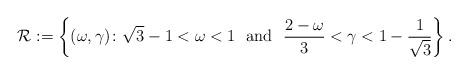
LaTeX: \begin{align*}\mathcal{R}:= \left\{(\omega,\gamma) \colon \sqrt{3}-1< \omega <1 \ \hbox{ and }\ \frac{2-\omega}{3}< \gamma < 1-\frac{1}{\sqrt{3}}\right\}.\end{align*}